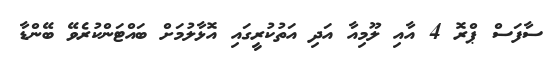
ސާފަސް ޕްރޮ 4 އާއި ލޫމިއާ އަދި އަތުކުރީގައި އޮޅާލުމަށް ބައްޓަންކުރެވޭ ބޭންޑާ